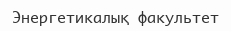
Энергетикалық факультет